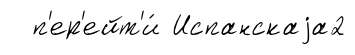
п'ер'ейт'и́ Испанскаjа2